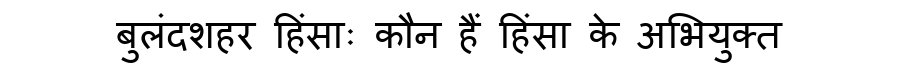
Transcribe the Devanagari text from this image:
बुलंदशहर हिंसाः कौन हैं हिंसा के अभियुक्त